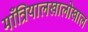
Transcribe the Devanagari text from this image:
माँत्रियालखालोखाल